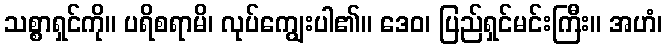
သစ္စာရှင်ကို။ ပရိစရာမိ၊ လုပ်ကျွေးပါ၏။ ဒေဝ၊ ပြည်ရှင်မင်းကြီး။ အဟံ၊